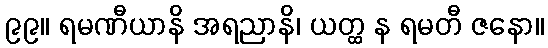
၉၉။ ရမဏီယာနိ အရညာနိ၊ ယတ္ထ န ရမတီ ဇနော။